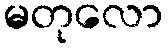
မတုလော